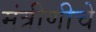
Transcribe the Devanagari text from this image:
मंत्रीणीचे